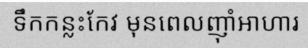
ទឹកកន្លះកែវ មុនពេលញ៉ាំអាហារ